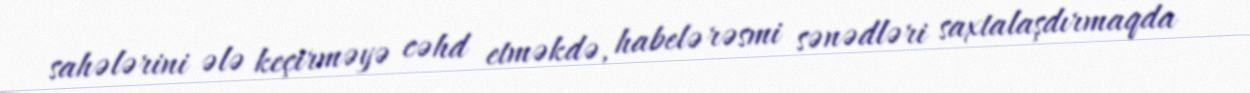
sahələrini ələ keçirməyə cəhd etməkdə, habelə rəsmi sənədləri saxtalaşdırmaqda